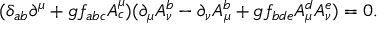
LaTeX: ( \delta _ { a b } \partial ^ { \mu } + g f _ { a b c } A _ { c } ^ { \mu } ) ( \partial _ { \mu } A _ { \nu } ^ { b } - \partial _ { \nu } A _ { \mu } ^ { b } + g f _ { b d e } A _ { \mu } ^ { d } A _ { \nu } ^ { e } ) = 0 .